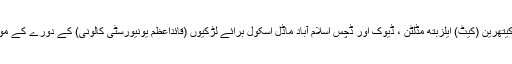
اسلام آباد: برطانوی رائل جوڑے پرنس ولیم اور کیتھرین (کیٹ) ایلزبتھ مڈلٹن ، ڈیوک اور ڈچس اسلام آباد ماڈل اسکول برائے لڑکیوں (قائداعظم یونیورسٹی کالونی) کے دورے کے موقع پر اسکول کے بچوں سے گفتگو کر رہے ہیں۔